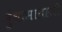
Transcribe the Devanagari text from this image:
सुंधामाताजी